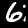
Label: 6